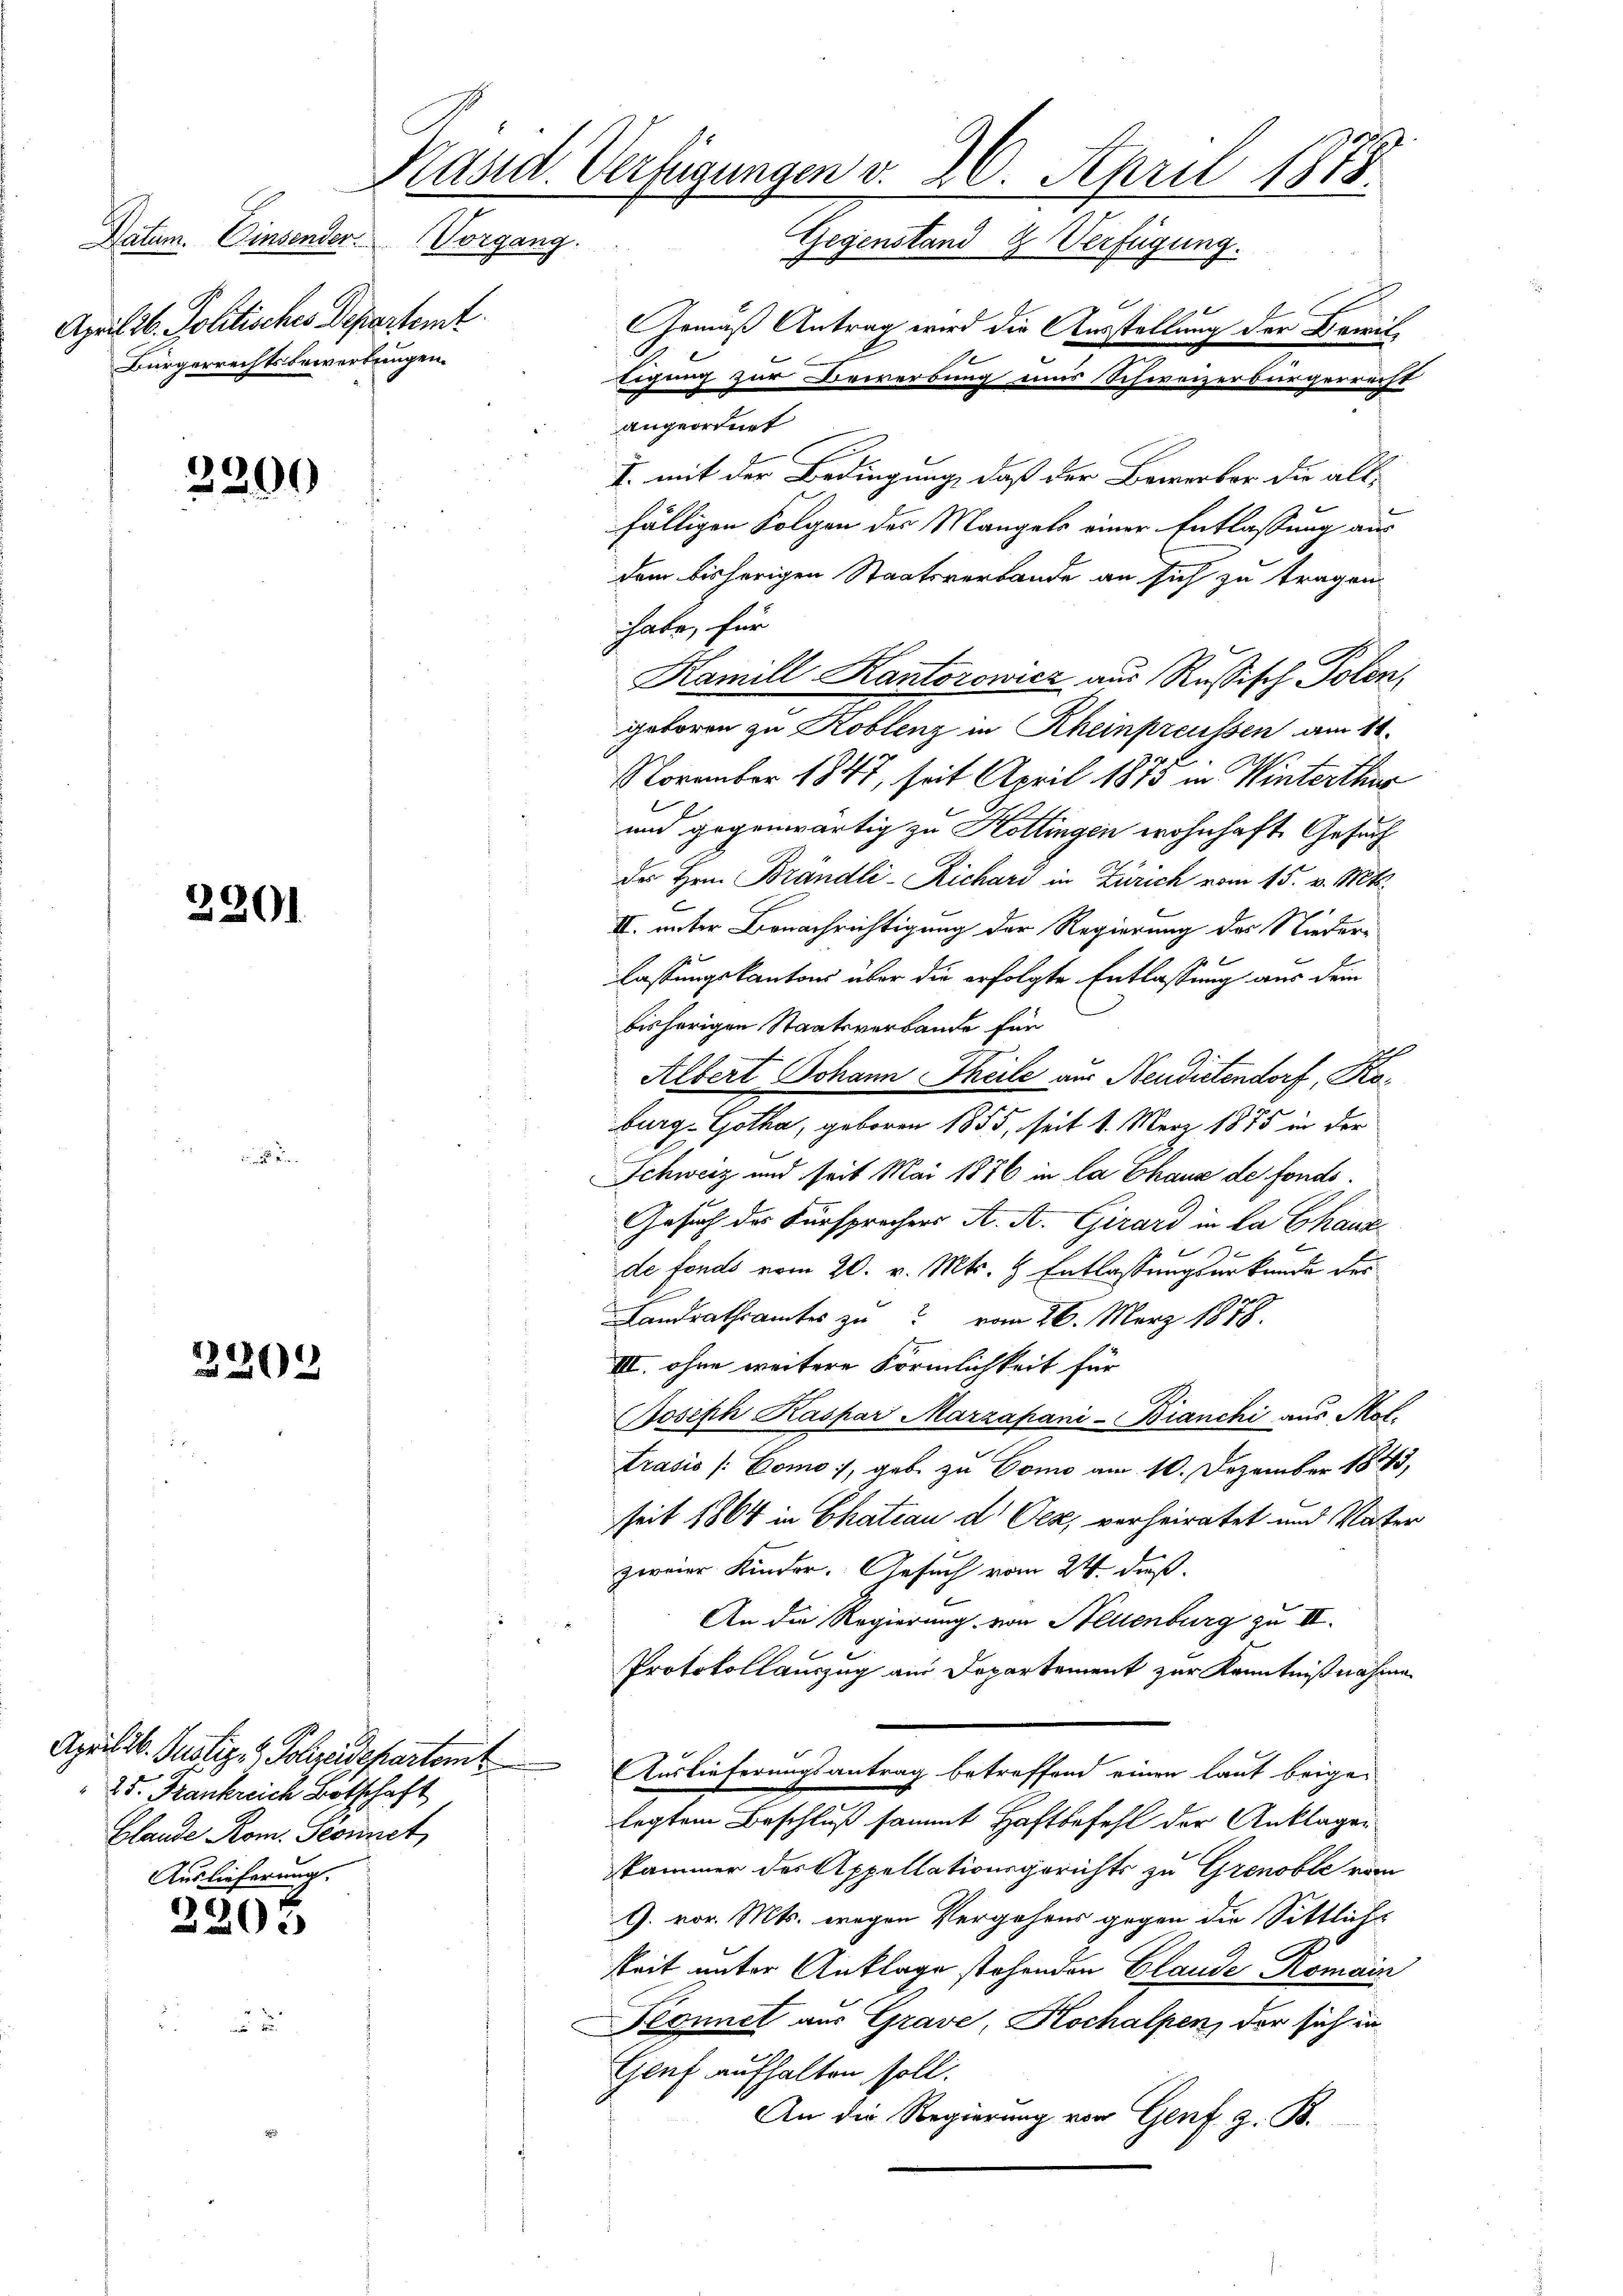
Datum. Einsender Vorgang.
April 26. Politisches Departemt
Bürgerrechtsbewerbungen.

3200

2301

2308

Auslieferung
2205

Kasid. Verfügungen v. 26. April 1873.
Gegenstand & Verfügung.
Gemäß Antrag wird die Ausstellung der Damit
E
tigung zur Bewerbung und Schweizerbürgerrecht
angeordnet
I. mit der Bedingung, daß der Bewerber die allfälligen Folgen des Mangels einer Entlassung aus

Aprilib. Gustiz- & Polizeidepartem
25. Frankreich Botschaft
Blande Rom. Sonnet,

dem bisherigen Staatsverbande an sich zu tragen
habe, für
geboren zu Koblenz in Rheinpreussen am 11.
November 1847, seit April 1875 in Winterthur
und gegenwärtig zu Kottingen wohnhaft Gesuch
der Hrn. Brändli-Richard in Zürich vom 15. v. Mts.
II. unter Benachrichtigung der Regierung des Nieder-
lassungskantons über die erfolgte Entlassung aus dem
bisherigen Staatsverbande für
Albert Johann Theile aus Neudietendorf, Koburg Gotha, geboren 1855, seit 1. März 1875 in der
Schweiz und seit Mai 1876 in la Chaux de fonds¬
Gesuch des Fürsprechens A. A. Girard in la Chaux
e
de fonds vom 20. v. Mts. & Entlassungsurkunde des
Landrathsamtes zu vom 26. März 1878
III. ohne weitere Förmlichkeit für
Joseph Kaspar Marzapani-Bianchi aus Mot
Trasis (Como:/, gebe zu Como am 10. Dezember 1843,
seit 1864 in Chateau d Oez, verheiratet und Vater
zweier Kinder. Gesuch vom 24. dieß.
An die Regierung von Neuenburg zu III.
Protokollauszug am Departement zur Kenntnißnahme
Auslieferungsantrag betreffend einen laut beige-
legtem Beschluß sammt Haftbefehl der Anklagen
skammer des Appellationsgerichts zu Grenoble vom
G. vor. Mts. wegen Vergehens gegen die Sittliche
keit unter Anklage stehenden Claude Romain
Konnet aus Grave, Kochalpen, der sich in
Genf aufhalten soll.
An die Regierung von Genf z. B.

Hamill, Kantorowicz aus Russisch Polen,